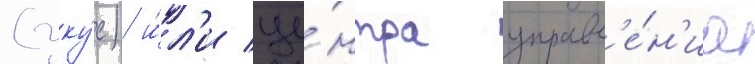
(уку́с) и́л'и це́нтра управл'е́н'иа